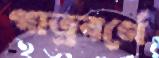
গাত্রবর্ণে